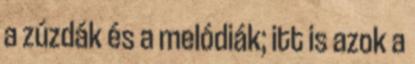
a zúzdák és a melódiák; itt is azok a